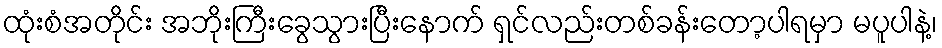
ထုံးစံအတိုင်း အဘိုးကြီးခွေသွားပြီးနောက် ရှင်လည်းတစ်ခန်းတော့ပါရမှာ မပူပါနဲ့၊